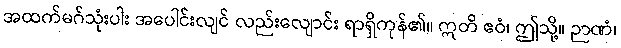
အထက်မဂ်သုံးပါး အပေါင်းလျင် လည်းလျောင်း ရာရှိကုန်၏။ ဣတိ ဧဝံ၊ ဤသို့။ ဉာဏံ၊